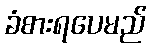
ခံစားရပေမည်